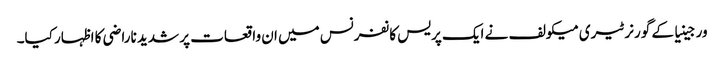
ورجینیا کے گورنر ٹیری میکولف نے ایک پریس کانفرنس میں ان واقعات پر شدید ناراضی کا اظہار کیا۔